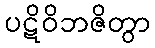
ပဋိဝိဘဇိတွာ